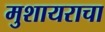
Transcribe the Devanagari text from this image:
मुशायराचा